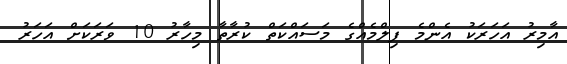
އާމިރު އަހަރަކު އެންމެ ފިލްމެއްގެ މަސައްކަތް ކުރާތާ މިހާރު 10 ވަރަކަށް އަހަރު